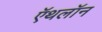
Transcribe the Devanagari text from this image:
ऍथलॉन